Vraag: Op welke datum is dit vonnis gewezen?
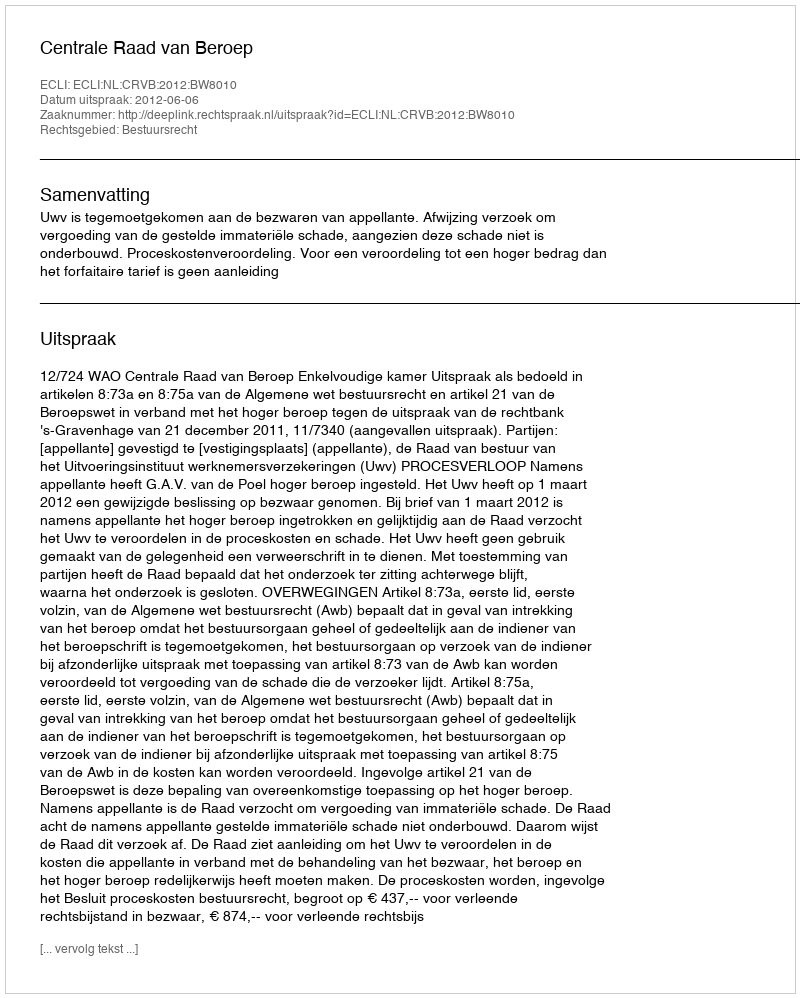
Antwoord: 2012-06-06